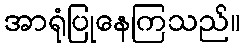
အာရုံပြုနေကြသည်။